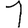
Digit: 1